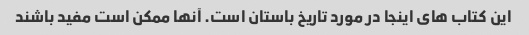
این کتاب های اینجا در مورد تاریخ باستان است. آنها ممکن است مفید باشند